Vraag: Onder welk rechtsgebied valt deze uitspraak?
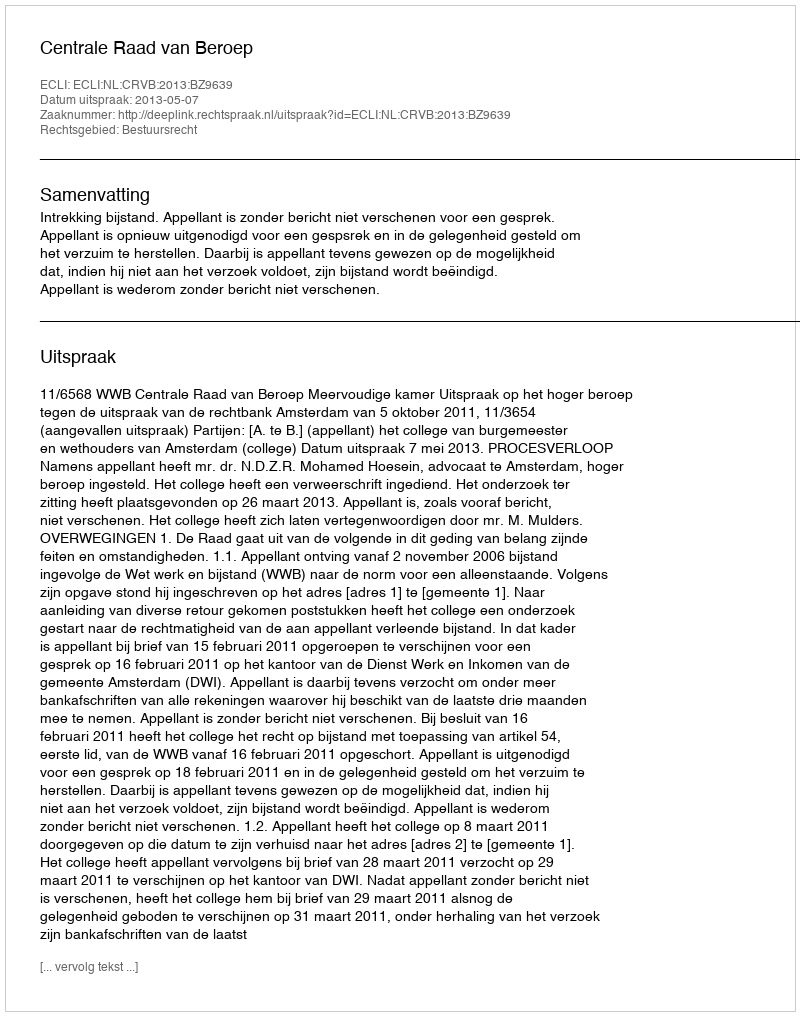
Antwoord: Bestuursrecht